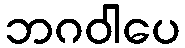
ဘဂဝါပေ